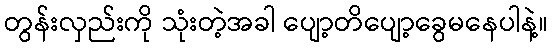
တွန်းလှည်းကို သုံးတဲ့အခါ ပျော့တိပျော့ခွေမနေပါနဲ့။